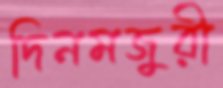
দিনমজুরী